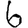
Digit: 6